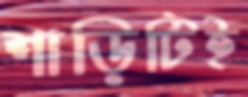
শাড়িটিই